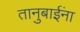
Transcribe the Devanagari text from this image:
तानुबाईंना